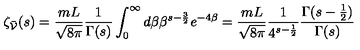
\zeta _ { \bar { \cal V } } ( s ) = \frac { m L } { \sqrt { 8 \pi } } \frac { 1 } { \Gamma ( s ) } \int _ { 0 } ^ { \infty } d \beta \beta ^ { s - \frac { 3 } { 2 } } e ^ { - 4 \beta } = \frac { m L } { \sqrt { 8 \pi } } \frac { 1 } { 4 ^ { s - \frac { 1 } { 2 } } } \frac { \Gamma ( s - \frac { 1 } { 2 } ) } { \Gamma ( s ) }